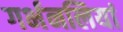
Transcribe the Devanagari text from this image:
गर्भनलियां